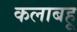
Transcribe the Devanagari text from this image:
कलाबहू